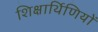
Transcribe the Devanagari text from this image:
शिक्षार्थिणियों